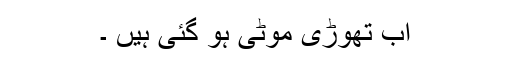
اب تھوڑی موٹی ہو گئی ہیں ۔